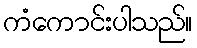
ကံကောင်းပါသည်။